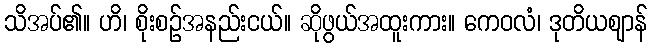
သိအပ်၏။ ဟိ၊ စိုးစဉ်အနည်းငယ်။ ဆိုဖွယ်အထူးကား။ ကေဝလံ၊ ဒုတိယဈာန်